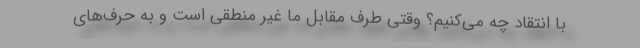
با انتقاد چه می‌کنیم؟ وقتی طرف مقابل ما غیر منطقی است و به حرف‌های